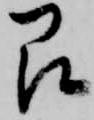
即